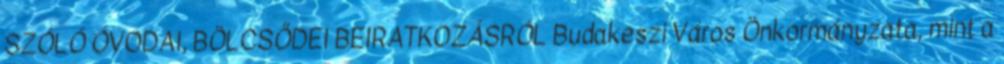
SZÓLÓ ÓVODAI, BÖLCSŐDEI BEIRATKOZÁSRÓL Budakeszi Város Önkormányzata, mint a